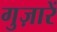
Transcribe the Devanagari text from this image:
गुज़ारें